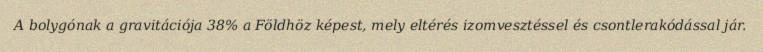
A bolygónak a gravitációja 38% a Földhöz képest, mely eltérés izomvesztéssel és csontlerakódással jár.